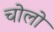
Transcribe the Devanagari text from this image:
चोलो